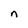
Character: n